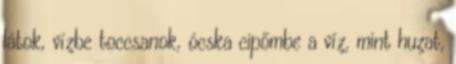
látok, vízbe toccsanok, ócska cipőmbe a víz, mint huzat,